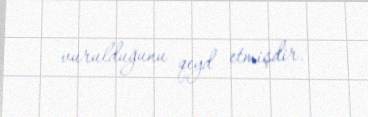
vurulduğunu qeyd etmişdir.